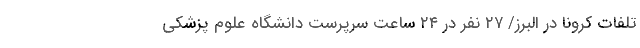
تلفات کرونا در البرز/ ۲۷ نفر در ۲۴ ساعت سرپرست دانشگاه علوم پزشکی